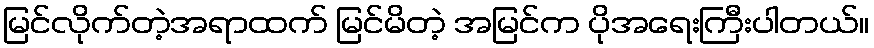
မြင်လိုက်တဲ့အရာထက် မြင်မိတဲ့ အမြင်က ပိုအရေးကြီးပါတယ်။